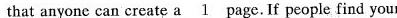
that anyonc can create a\underline{1}page.If people find your